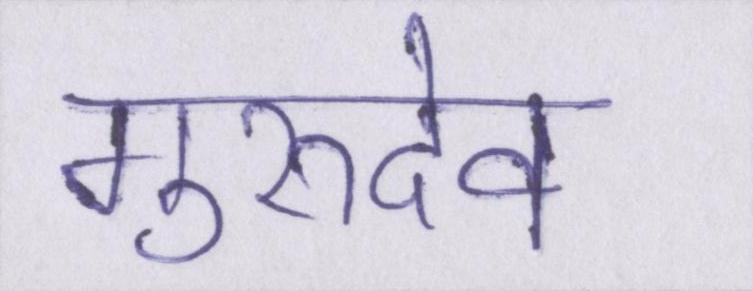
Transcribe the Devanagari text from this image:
गुरुदेव